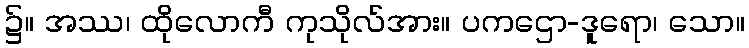
၌။ အဿ၊ ထိုလောကီ ကုသိုလ်အား။ ပကဌော-ဒူရော၊ သော။